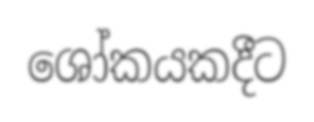
ශෝකයකදීට